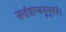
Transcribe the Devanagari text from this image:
सर्वत्राप्यनुभुयते।